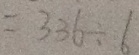
= 3 3 6 \div 6